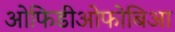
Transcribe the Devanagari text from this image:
ओफिडीओफोबिआ